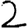
Digit: 2